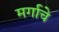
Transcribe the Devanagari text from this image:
मर्गाचे